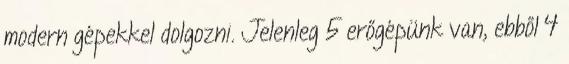
modern gépekkel dolgozni. Jelenleg 5 erőgépünk van, ebből 4